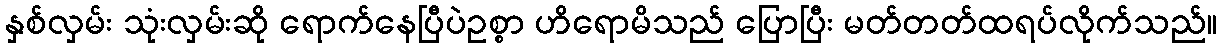
နှစ်လှမ်း သုံးလှမ်းဆို ရောက်နေပြီပဲဥစ္စာ ဟိရောမိသည် ပြောပြီး မတ်တတ်ထရပ်လိုက်သည်။